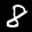
Label: 8